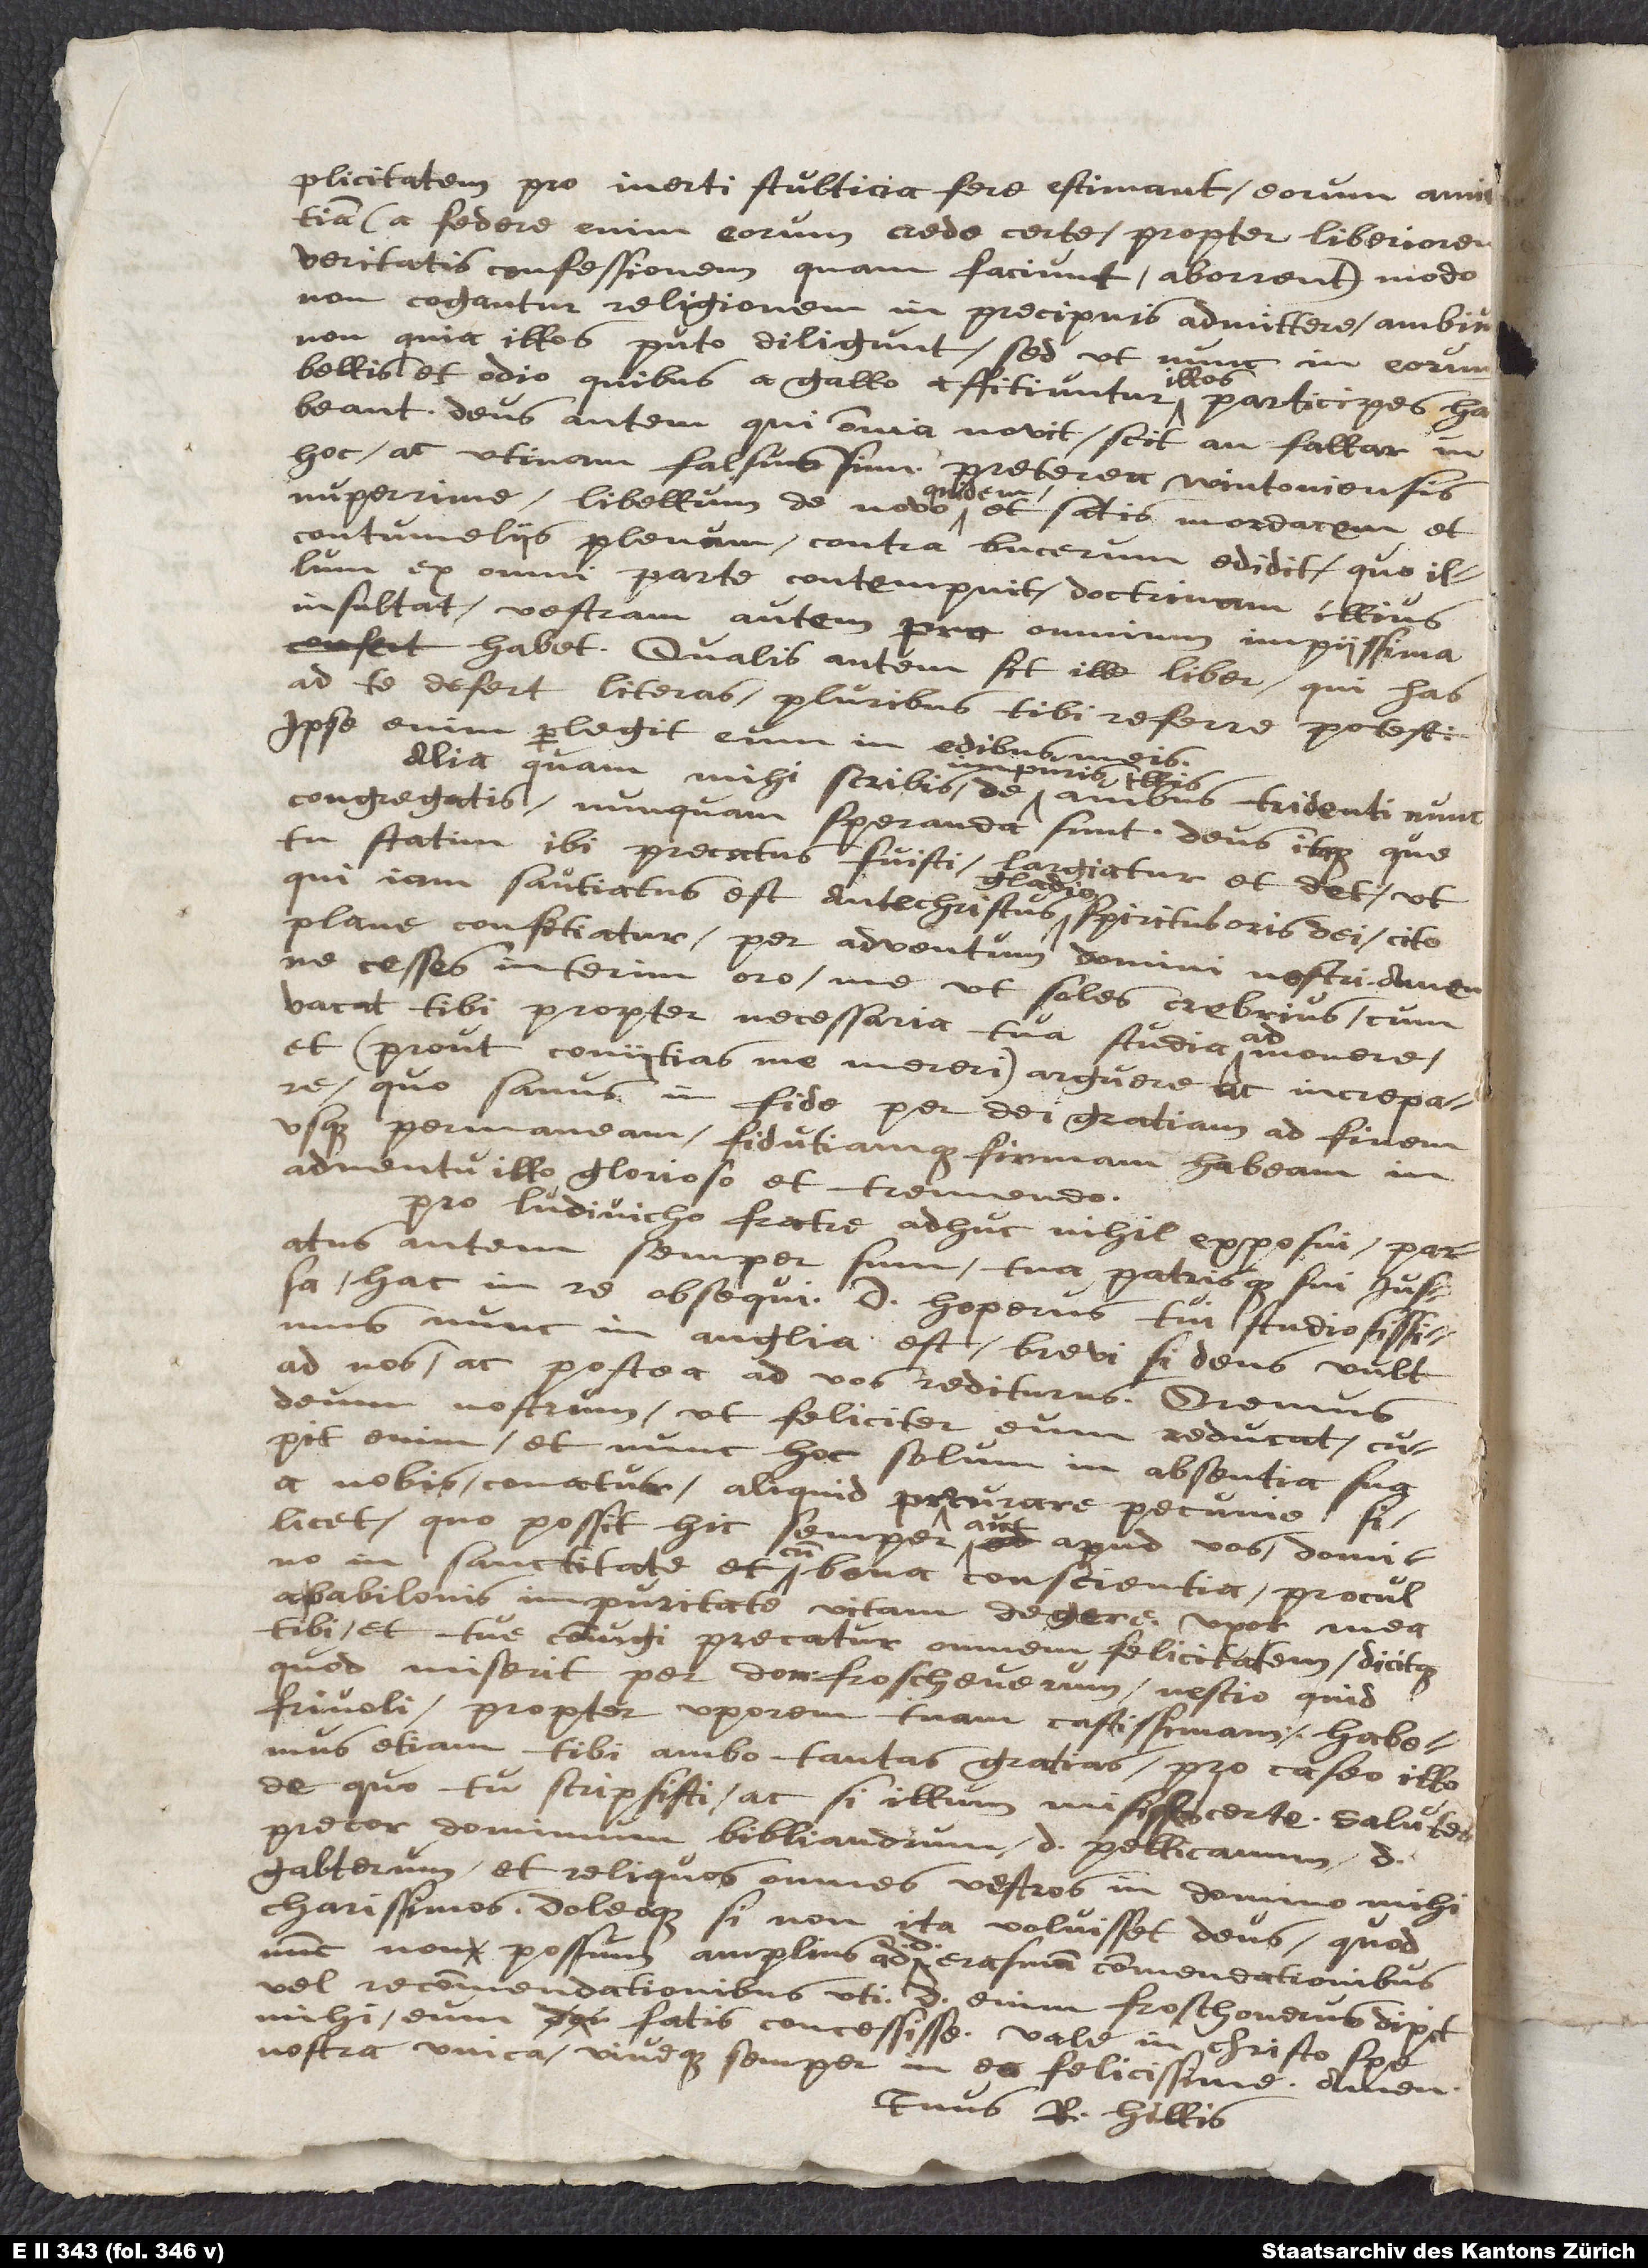
simplicitatem pro inerti stulticia fere estimant, eorum amicitiam,
(a federe enim eorum credo certe propter liberiorem
veritatis confessionem quam faciunt aborrent,) modo
non cogantur religionem in precipuis admittere, ambiunt,
non quia illos puto diligunt, sed ut nunc eorum
illis
bellis et odio, quibus a Gallo affitiuntur, illos participes habeant.
Deus autem, qui omnia novit, scit an fallar in
hoc, ac utinam falsus sim. Preterea Wintoniensis
nuperrime libellum de novo quidem, et satis mordacem et
contumeliis plenum, contra Bucerum edidit, quo illum
ex omni parte contempnit, doctrinam illius
insultat, vestram autem pro omnium impiissima
habet. Qualis autem sit ille liber, qui has
ad te defert literas, pluribus tibi referre potest;
ipse enim perlegit eum in edibus meis.
Alia, quam mihi scribis de impuris illis avibus Tridenti nunc
congregatis, nunquam speranda sunt. Deus itaque, que
tu statim ibi precatus fuisti, largiatur et det, ut,
qui iam santiatus est antechristus gladio spiritus oris dei, cito
plane confitiatur per adventum domini nostri. Amen.
Ne cesses interim, oro, me, ut soles, crebrius, cum
vacat tibi propter necessaria tua studia, admonere
et (prout coniitias me mereri) arguere ac increpare,
quo sanus in fide per dei gratiam ad finem
usque permaneam fidutiamque firmam habeam in
adventu illo glorioso et tremendo.
Pro Ludivicho fratre adhuc nihil exposui; paratus
autem semper sum tua patrisque sui iussa
hac in re obsequi. Dominus Hoperus tui studiosissimus
nunc in Anglia est brevi; si deus vult
ad nos ac postea ad vos rediturus. Oremus
deum nostrum, ut feliciter eum reducat; cupit
enim, et nunc hoc solum in absentia sua
a nobis conatur, aliquid procurare pecunie, si
licet, quo possit hic semper aut apud vos domino
in sanctitate et cum bona conscientia procul
a Babilonis impuritate vitam degere. Uxor mea
tibi et tue coniugi precatur omnem felicitatem dicitque,
quod miserit per dominum Froschouerum nescio quid
frivoli propter uxorem tuam castissimam. Habemus
etiam tibi ambo tantas gratias pro caseo illo,
de quo scripsisti, ac si illum misisses certe. Salutes,
precor, dominum Bibliandrum, d. Pellicanum, d.
Galterum et reliquos omnes vestros in domino mihi
charissimos, doleoque, si non ita voluisset deus, quod
nunc non possum amplius ad d. Erasmum commendationibus
vel recommendationibus uti; d. enim Froschouerus dixit
mihi eum fatis concessisse. Vale in Christo, spe
nostra unica, viveque semper in eo felicissime. Amen.
Tuus R. Hillis.